65_HS1-834228961_62-HQ-83894_Section_10
Agency: FBI
Page 13
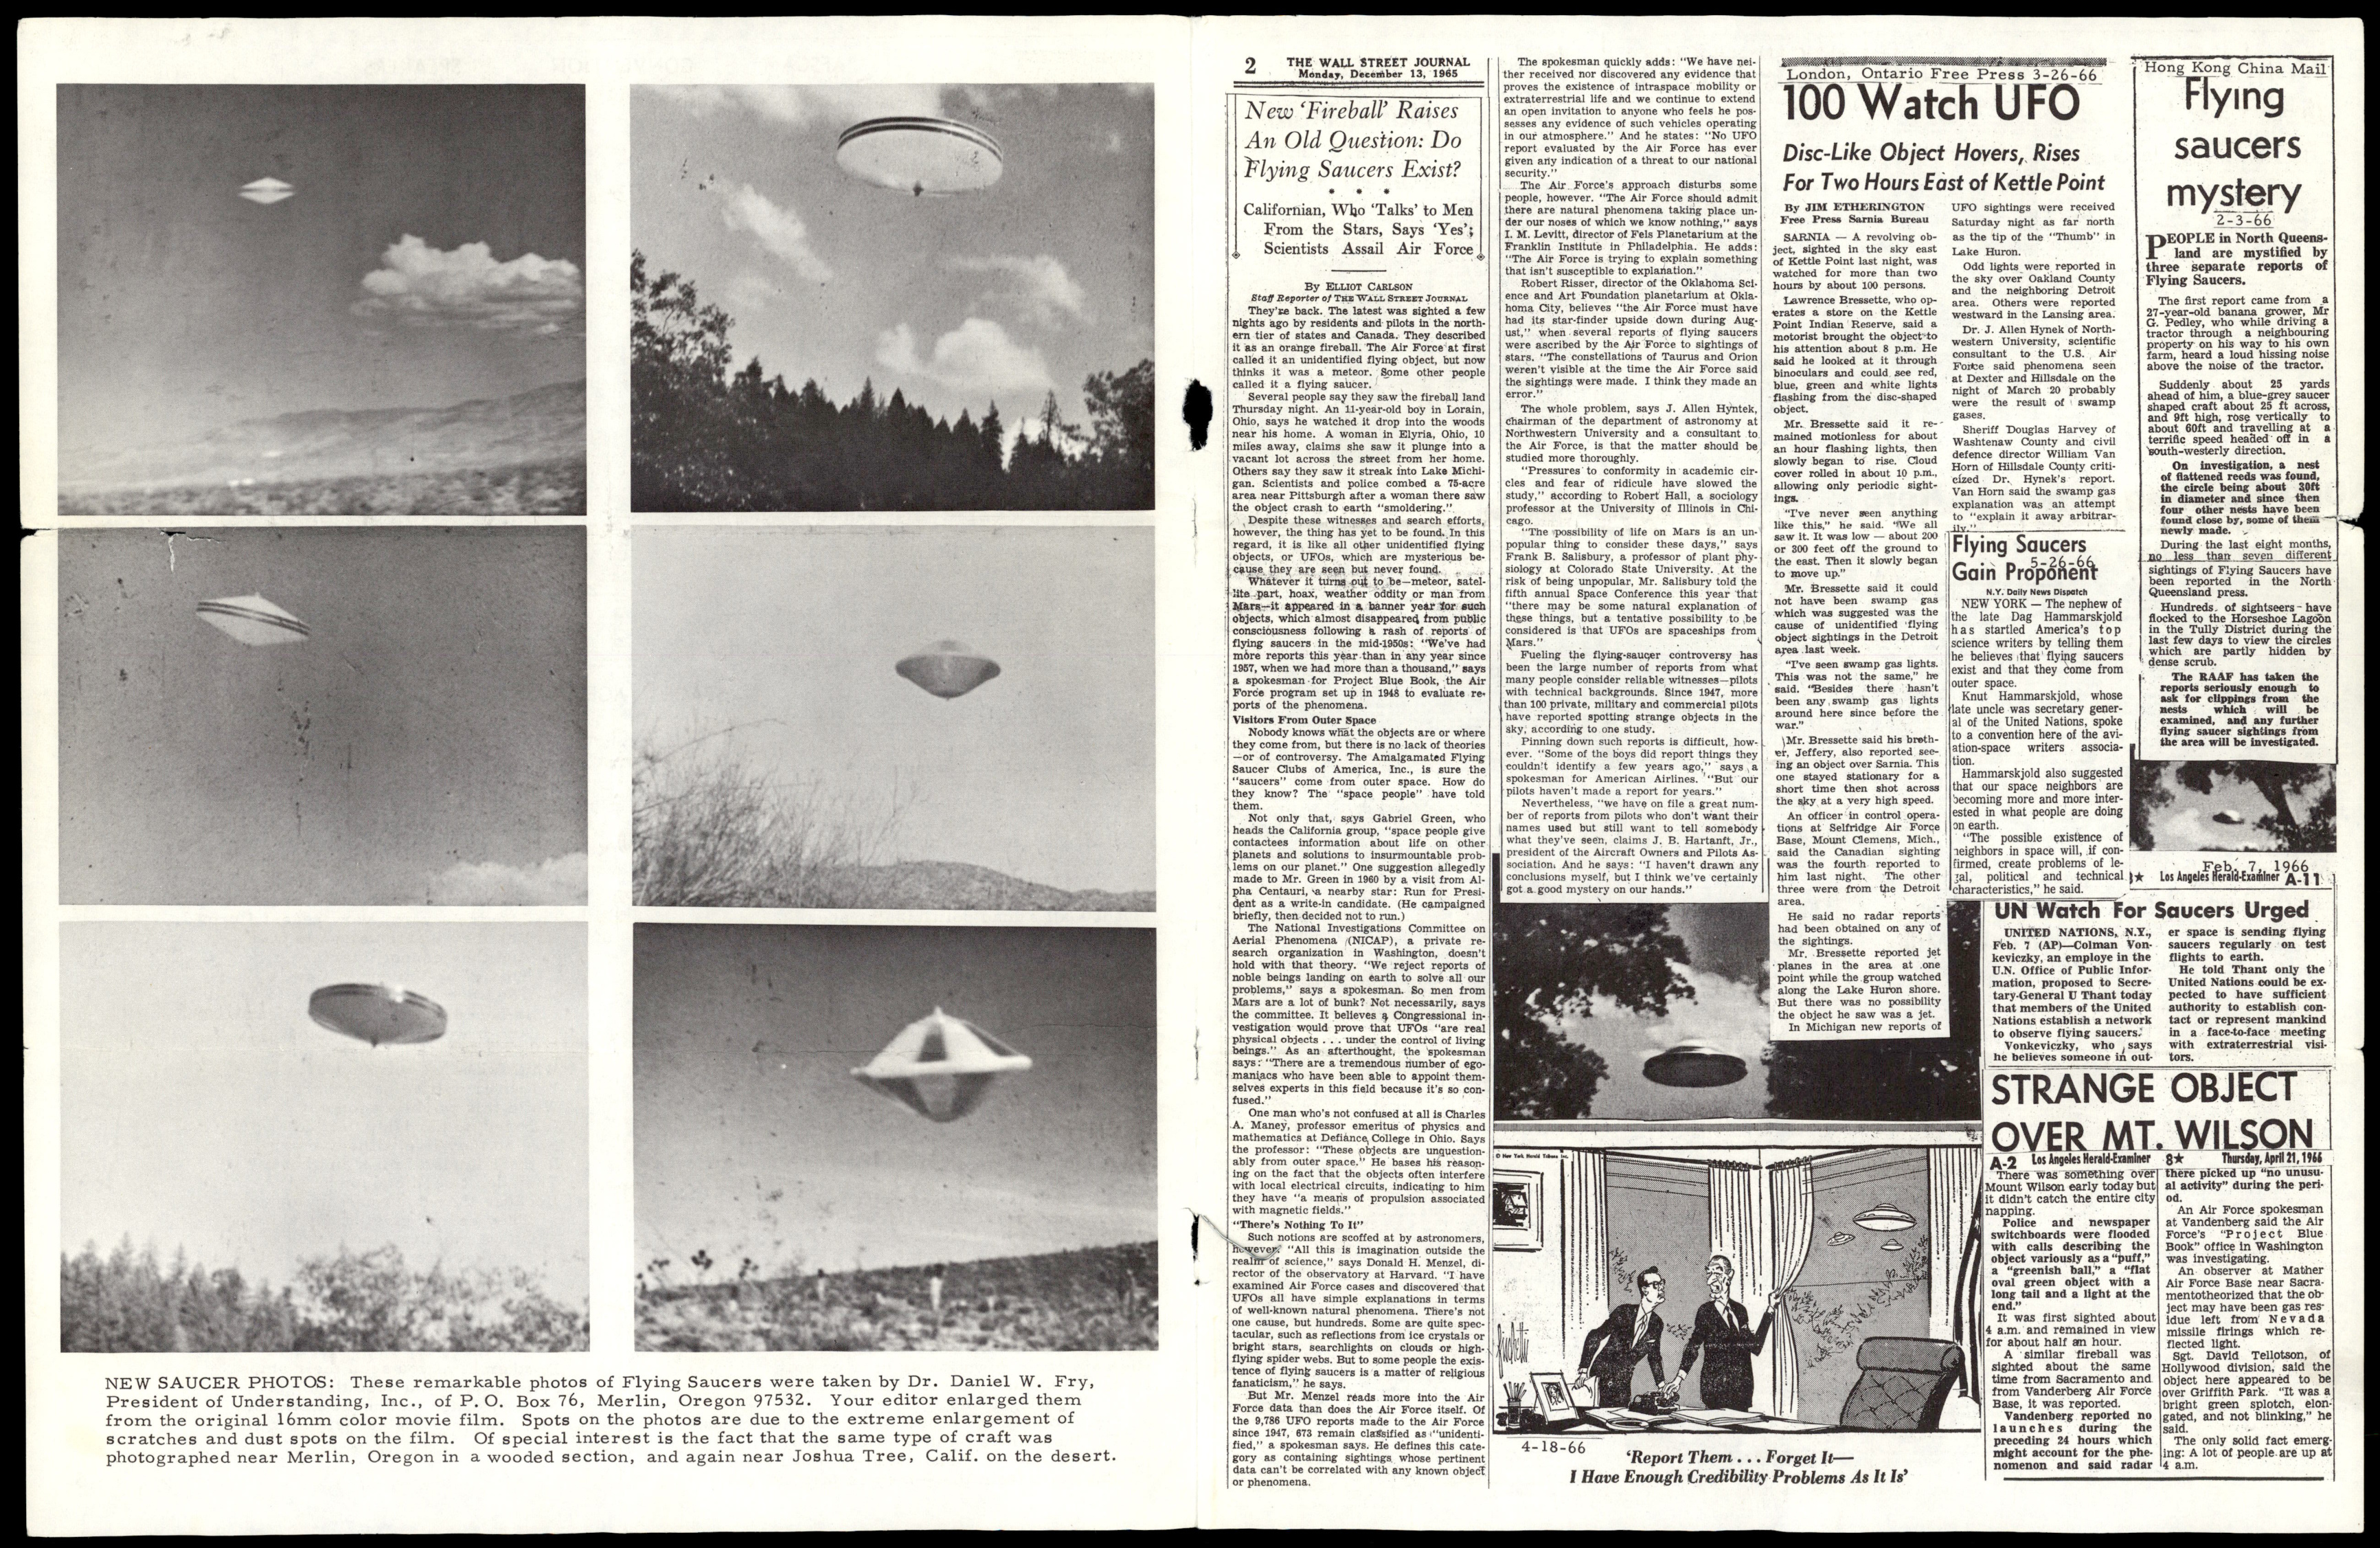